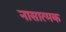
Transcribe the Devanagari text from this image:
नासात्मक